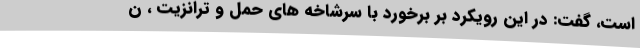
است، گفت: در این رویکرد بر برخورد با سرشاخه های حمل و ترانزیت ، ن